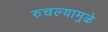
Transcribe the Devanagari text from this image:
रुचल्यामुळे